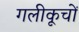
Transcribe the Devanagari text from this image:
गलीकूचों